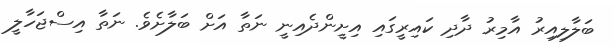
ބަލާލިއިރު އާމިރު ދާދި ކައިރީގައި އިށީންދެއިނީ ނަތާ އަށް ބަލާށެވެ. ނަތާ އިސްޖަހާލީ